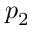
p _ { 2 }